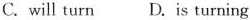
C.will turn D. Is turning